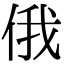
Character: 俄